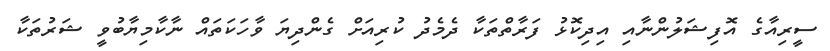
ސީރިއާގެ އޮފިޝަލުންނާއި އިދިކޮޅު ފަރާތްތަކާ ދެމެދު ކުރިއަށް ގެންދިޔަ ވާހަކަތައް ނާކާމިޔާބުވީ ޝަރުތަކާ